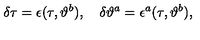
\delta \tau = \epsilon ( \tau , \vartheta ^ { b } ) , \quad \delta \vartheta ^ { a } = \epsilon ^ { a } ( \tau , \vartheta ^ { b } ) ,